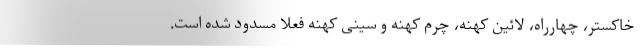
خاکستر، چهارراه، لائین کهنه، چرم کهنه و سینی کهنه فعلا مسدود شده است.